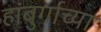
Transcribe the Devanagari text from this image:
हांबुर्गाच्या